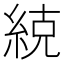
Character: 𮈒